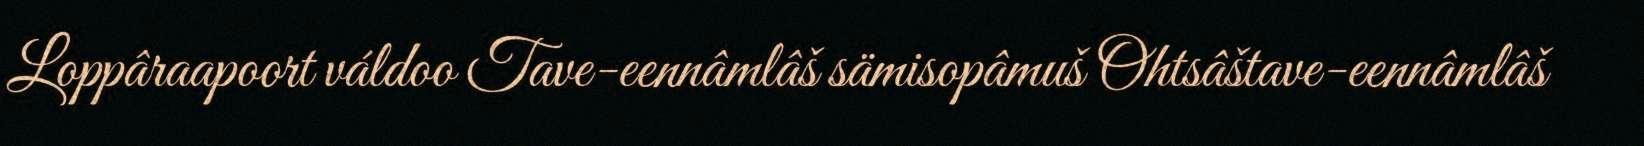
Loppâraapoort váldoo Tave-eennâmlâš sämisopâmuš Ohtsâštave-eennâmlâš